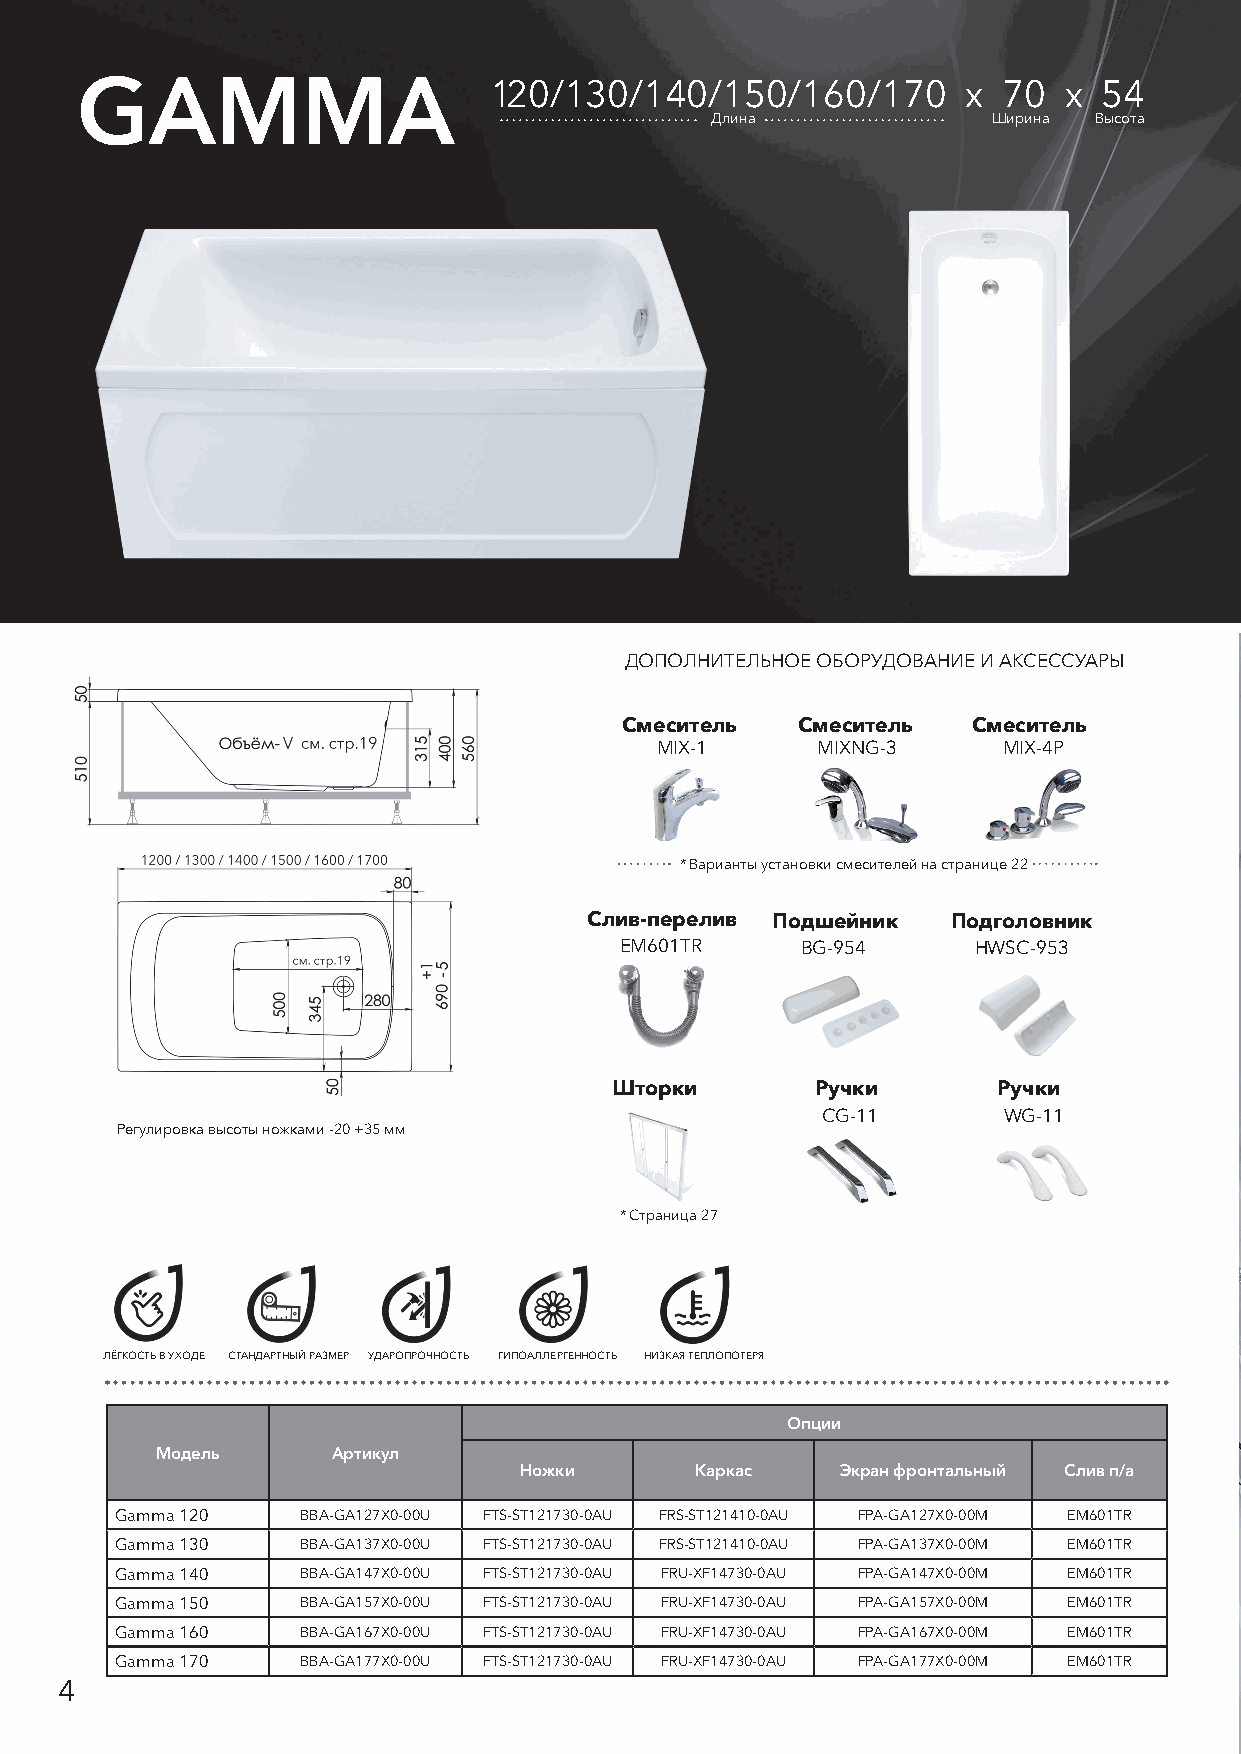
GAMMA                      120/130/140/150/160/170         х 70  х  54
 Длина              Ширина Высота
 ДОПОЛНИТЕЛЬНОЕ ОБОРУДОВАНИЕ И АКСЕССУАРЫ
 Смеситель   Смеситель  Смеситель
 MIX-1      MIXNG-3     MIX-4P
 * Варианты установки смесителей на странице 22
 Слив-перелив Подшейник  Подголовник
 EM601TR     BG-954     HWSC-953
 Шторки        Ручки       Ручки
 CG-11       WG-11
 Регулировка высоты ножками -20 +35 мм
 * Страница 27
 ЛЁГКОСТЬ В УХОДЕ СТАНДАРТНЫЙ РАЗМЕР УДАРОПРОЧНОСТЬ ГИПОАЛЛЕРГЕННОСТЬ НИЗКАЯ ТЕПЛОПОТЕРЯ
 Опции
 Модель      Артикул
 Ножки       Каркас    Экран фронтальный Слив п/а
 Gamma 120   BBA-GA127X0-00U FTS-ST121730-0AU FRS-ST121410-0AU FPA-GA127X0-00M EM601TR
 Gamma 130   BBA-GA137X0-00U FTS-ST121730-0AU FRS-ST121410-0AU FPA-GA137X0-00M EM601TR
 Gamma 140   BBA-GA147X0-00U FTS-ST121730-0AU FRU-XF14730-0AU FPA-GA147X0-00M EM601TR
 Gamma 150   BBA-GA157X0-00U FTS-ST121730-0AU FRU-XF14730-0AU FPA-GA157X0-00M EM601TR
 Gamma 160   BBA-GA167X0-00U FTS-ST121730-0AU FRU-XF14730-0AU FPA-GA167X0-00M EM601TR
 Gamma 170   BBA-GA177X0-00U FTS-ST121730-0AU FRU-XF14730-0AU FPA-GA177X0-00M EM601TR
 4